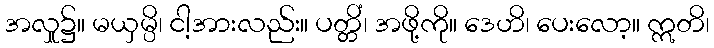
အလှုူ၌။ မယှမ္ပိ၊ ငါ့အားလည်း။ ပတ္တိံ၊ အဖို့ကို။ ဒေဟိ၊ ပေးလော့။ ဣတိ၊